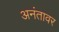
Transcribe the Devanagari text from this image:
अनंतावर